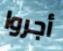
أجروا